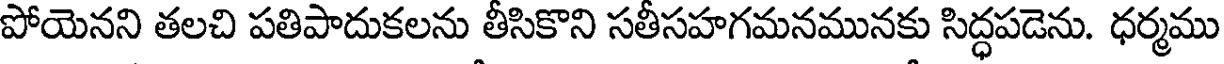
పోయెనని తలచి పతిపాదుకలను తీసికొని సతీసహగమనమునకు సిద్ధపడెను. ధర్మము